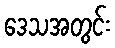
ဒေသအတွင်း